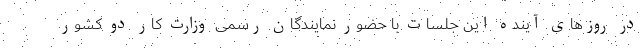
در روزهای آینده این جلسات با حضور نمایندگان رسمی وزارت کار دو کشور